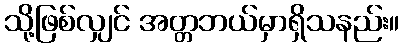
သို့ဖြစ်လျှင် အတ္တဘယ်မှာရှိသနည်း။